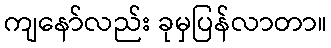
ကျနော်လည်း ခုမှပြန်လာတာ။